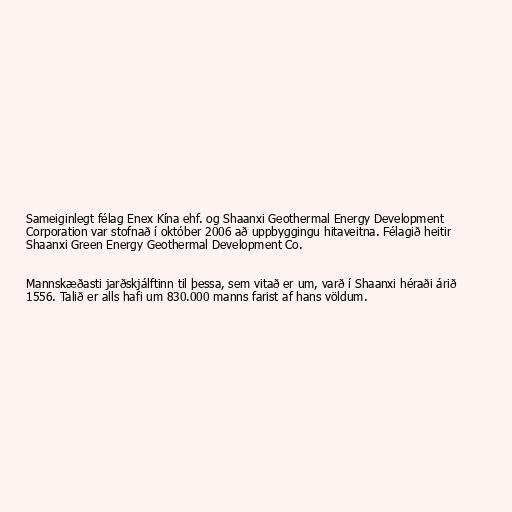
Sameiginlegt félag Enex Kína ehf. og Shaanxi Geothermal Energy Development
Corporation var stofnað í október 2006 að uppbyggingu hitaveitna. Félagið heitir
Shaanxi Green Energy Geothermal Development Co.

Mannskæðasti jarðskjálftinn til þessa, sem vitað er um, varð í Shaanxi héraði árið
1556. Talið er alls hafi um 830.000 manns farist af hans völdum.